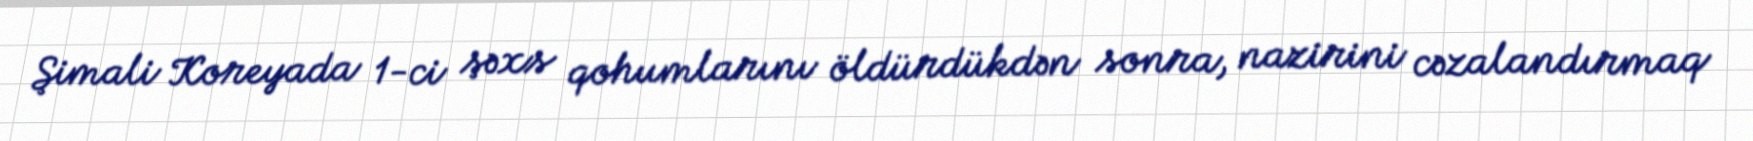
Şimali Koreyada 1-ci şəxs qohumlarını öldürdükdən sonra, nazirini cəzalandırmaq